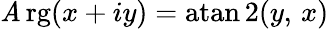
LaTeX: \operatorname{\mathit{A}rg}(x+iy)=\operatorname{atan2}(y,\, x)